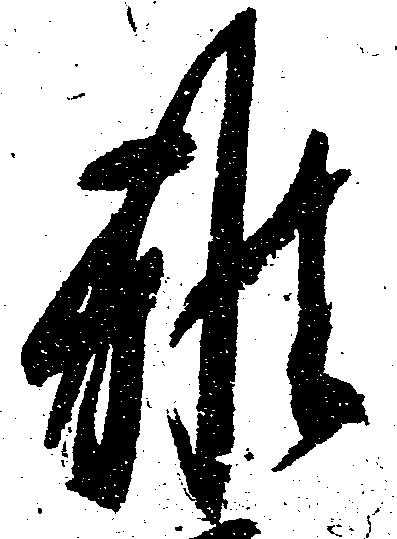
雅